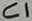
Text: C1